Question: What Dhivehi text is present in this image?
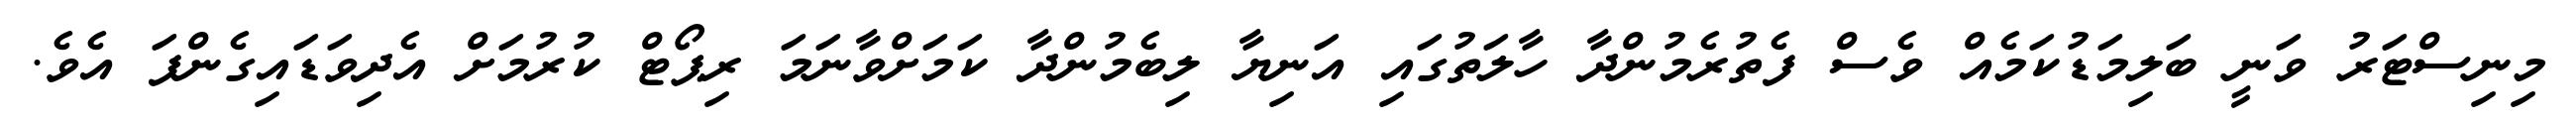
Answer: މިނިސްޓަރު ވަނީ ބަލިމަޑުކަމެއް ވެސް ފެތުރެމުންދާ ހާލަތުގައި އަނިޔާ ލިބެމުންދާ ކަމަށްވާނަމަ ރިޕޯޓް ކުރުމަށް އެދިވަޑައިގެންފަ އެވެ.